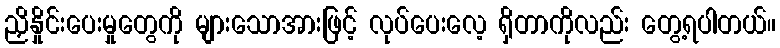
ညှိနှိုင်းပေးမှုတွေကို များသောအားဖြင့် လုပ်ပေးလေ့ ရှိတာကိုလည်း တွေ့ရပါတယ်။